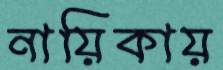
নায়িকায়